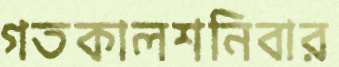
গতকালশনিবার